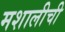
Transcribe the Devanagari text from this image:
मशालीची